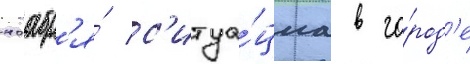
ноабр'я́ с'итуа́циа в го́род'е